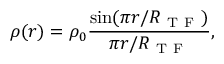
\rho ( r ) = \rho _ { 0 } \frac { \sin ( \pi r / R _ { \mathrm { ~ T ~ F ~ } } ) } { \pi r / R _ { \mathrm { ~ T ~ F ~ } } } ,